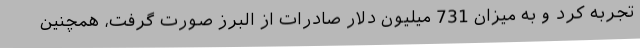
تجربه کرد و به میزان 731 میلیون دلار صادرات از البرز صورت گرفت، همچنین